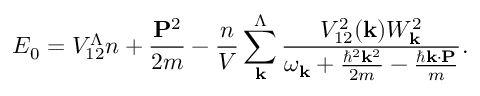
\ensuremath { E _ { 0 } = V _ { \mathrm { 1 2 } } ^ { \Lambda } n + \frac { \mathbf { P } ^ { 2 } } { 2 m } - \frac { n } { V } \sum _ { \mathbf { k } } ^ { \Lambda } \frac { V _ { 1 2 } ^ { 2 } ( \mathbf { k } ) W _ { \mathbf { k } } ^ { 2 } } { \omega _ { \mathbf { k } } + \frac { \hbar ^ { 2 } \mathbf { k } ^ { 2 } } { 2 m } - \frac { \hbar \mathbf { k } \cdot \mathbf { P } } { m } } } .